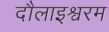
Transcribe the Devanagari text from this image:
दौलाइश्वरम